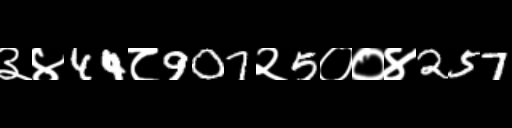
Text: ३४44८907२5००४257